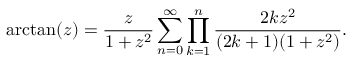
\arctan ( z ) = { \frac { z } { 1 + z ^ { 2 } } } \sum _ { n = 0 } ^ { \infty } \prod _ { k = 1 } ^ { n } { \frac { 2 k z ^ { 2 } } { ( 2 k + 1 ) ( 1 + z ^ { 2 } ) } } .